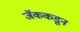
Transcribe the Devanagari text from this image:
जॅककडून